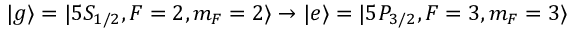
| g \rangle = | 5 S _ { 1 / 2 } , F = 2 , m _ { F } = 2 \rangle \rightarrow | e \rangle = | 5 P _ { 3 / 2 } , F = 3 , m _ { F } = 3 \rangle